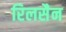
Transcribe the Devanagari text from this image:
रिलसैन